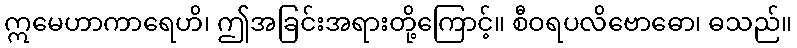
ဣမေဟာကာရေဟိ၊ ဤအခြင်းအရားတို့ကြောင့်။ စီဝရပလိဗောဓော၊ ဓသည်။